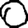
Digit: 0